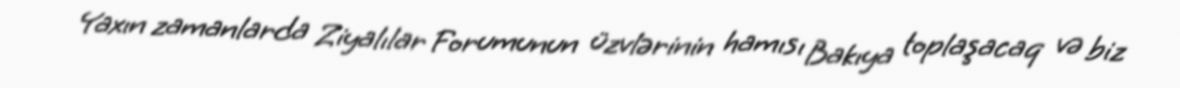
Yaxın zamanlarda Ziyalılar Forumunun üzvlərinin hamısı Bakıya toplaşacaq və biz